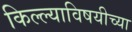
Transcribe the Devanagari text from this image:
किल्ल्याविषयीच्या